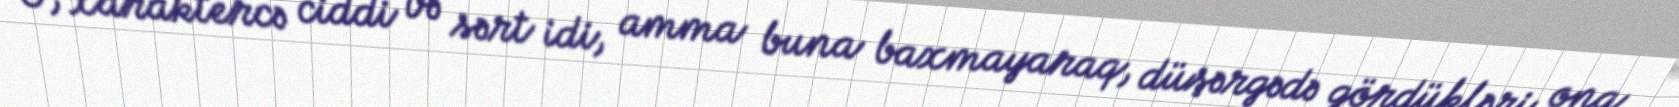
O, xaraktercə ciddi və sərt idi, amma buna baxmayaraq, düşərgədə gördükləri ona